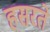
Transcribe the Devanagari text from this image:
हसरते